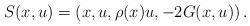
LaTeX: \begin{align*}S(x,u)=\left( x,u,\rho(x)u,-2G(x,u)\right).\end{align*}